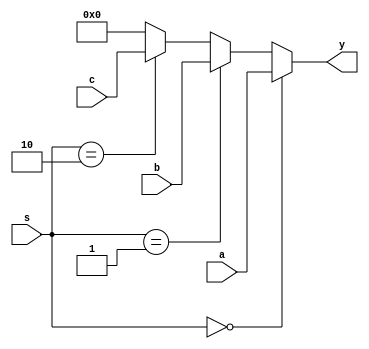
`timescale 1ns / 1ps
//////////////////////////////////////////////////////////////////////////////////
// Company: 
// Engineer: 
// 
// Design Name: 
// Module Name: Mux_3_by_1
// Project Name: 
// Target Devices: 
// Tool Versions: 
// Description: 
// 
// Dependencies: 
// 
// Revision:
// Revision 0.01 - File Created
// Additional Comments:
// 
//////////////////////////////////////////////////////////////////////////////////


module Mux_3_by_1(
    input [31:0] a,b,c,
    input [1:0] s,
    output [31:0] y
    );
    
    assign y = ( s == 2'b00 ) ? a : 
               ( s == 2'b01 ) ? b : 
               ( s == 2'b10 ) ? c : 32'h00000000;
    
    
    
endmodule